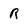
Character: R